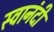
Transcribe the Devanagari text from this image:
स्वानंदीं